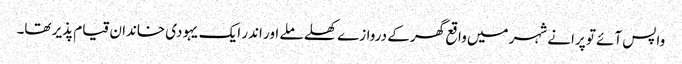
واپس آئے تو پرانے شہر میں واقع گھر کے دروازے کھلے ملے اور اندر ایک یہودی خاندان قیام پذیر تھا۔